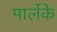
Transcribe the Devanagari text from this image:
मार्लेके